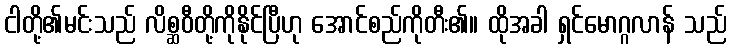
ငါတို့၏မင်းသည် လိစ္ဆဝီတို့ကိုနိုင်ပြီဟု အောင်စည်ကိုတီး၏။ ထိုအခါ ရှင်မောဂ္ဂလာန် သည်